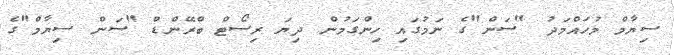
ސިޔާމް މުހައްމަދު "ސަން"ގެ ނަމުގައި ހިންގަމުން ދިޔަ ރިސޯޓް ބްރޭންޑް "ސަން ސިޔާމް"ގެ